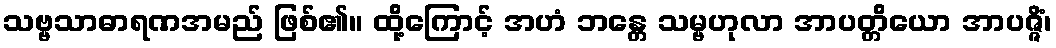
သဗ္ဗသာဓာရဏအမည် ဖြစ်၏။ ထို့ကြောင့် အဟံ ဘန္တေ သမ္ဗဟုလာ အာပတ္တိယော အာပဇ္ဇိံ၊